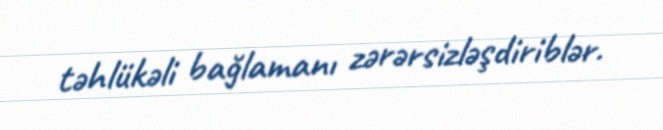
təhlükəli bağlamanı zərərsizləşdiriblər.